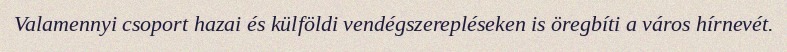
Valamennyi csoport hazai és külföldi vendégszerepléseken is öregbíti a város hírnevét.